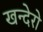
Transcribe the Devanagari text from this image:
खन्देरो